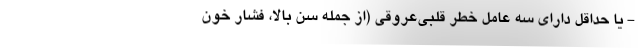
- یا حداقل دارای سه عامل خطر قلبی‌عروقی (از جمله سن بالا، فشار خون